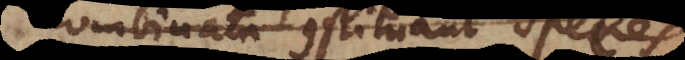
combinata constituant species.